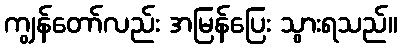
ကျွန်တော်လည်း အမြန်ပြေး သွားရသည်။